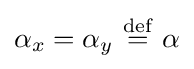
\alpha _{x}=\alpha _{y}\ {\stackrel {\mathrm {def} }{=}}\ \alpha